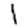
Digit: 1